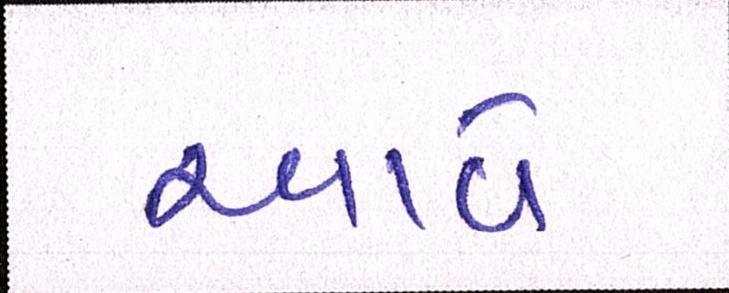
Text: આવેઃ